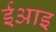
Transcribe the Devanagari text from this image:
ईआइ